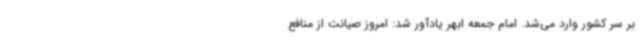
بر سر کشور وارد می‌شد. امام جمعه ابهر یادآور شد: امروز صیانت از منافع